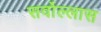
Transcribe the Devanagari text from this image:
सर्वोल्लास